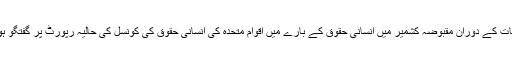
ملاقات کے دوران مقبوضہ کشمیر میں انسانی حقوق کے بارے میں اقوام متحدہ کی انسانی حقوق کی کونسل کی حالیہ رپورٹ پر گفتگو ہوئی۔